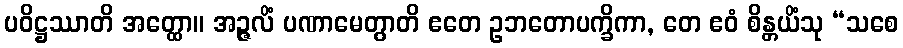
ပဝိဋ္ဌဿာတိ အတ္ထော။ အဉ္ဇလိံ ပဏာမေတွာတိ ဧတေ ဥဘတောပက္ခိကာ, တေ ဧဝံ စိန္တယိံသု “သစေ